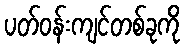
ပတ်ဝန်းကျင်တစ်ခုကို